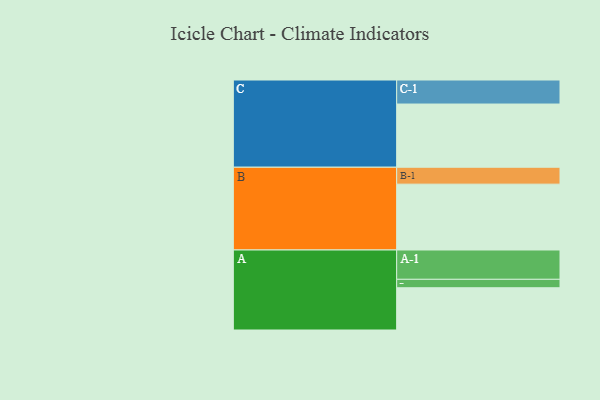
{"axis": {"x": "Segment", "y": "Value"}, "legend": ["", "A", "B", "C"], "data": [{"x": "A", "y": 385, "type": ""}, {"x": "B", "y": 600, "type": ""}, {"x": "C", "y": 576, "type": ""}, {"x": "A-1", "y": 267, "type": "A"}, {"x": "A-2", "y": 77, "type": "A"}, {"x": "B-1", "y": 154, "type": "B"}, {"x": "C-1", "y": 219, "type": "C"}]}